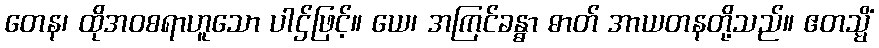
တေန၊ ထိုအဝစရာဟူသော ပါဌ်ဖြင့်။ ယေ၊ အကြင်ခန္ဓာ ဓာတ် အာယတနတို့သည်။ ဧတသ္မိံ